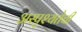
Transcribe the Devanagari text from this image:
अस्पृश्‍यतेची